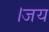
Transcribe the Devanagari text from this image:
।जय